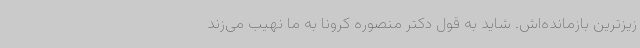
زیزترین بازمانده‌اش. شاید به قول دکتر منصوره کرونا به ما نهیب می‌زند